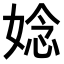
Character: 𫱁